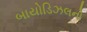
બાયોડિઝલનો